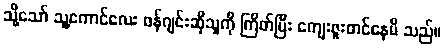
သို့သော် သူ့ကောင်လေး ဖန်ဂျင်းဆိုသူကို ကြိတ်ပြီး ကျေးဇူးတင်နေမိ သည်။